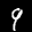
Label: 9